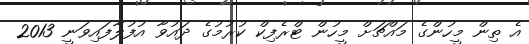
އެ ތިން މީހުންގެ މައްޗަށް މީހުން ޓްރެފިކް ކުރުމުގެ ދައުވާ އުފުލާފައިވަނީ 2013